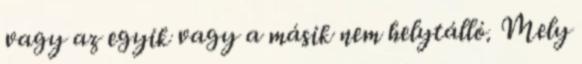
vagy az egyik vagy a másik nem helytálló. Mely